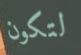
لتكون